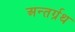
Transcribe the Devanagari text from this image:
अन्तर्ग्रथ